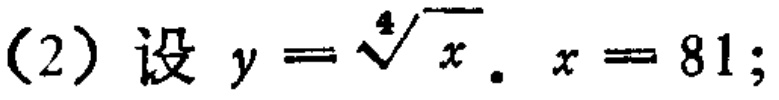
(2) 设 \(y = \sqrt[4]{x}\). \(x = 81\);